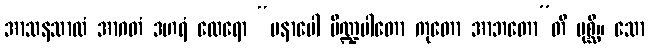
အာသနသာလံ အာဂတံ ဒဟရံ ထေရော “မနာပေါ ပိဏ္ဍပါတော ကုတော အာဘတော”တိ ပုစ္ဆိ။ သော